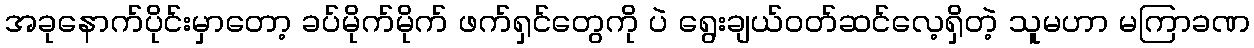
အခုနောက်ပိုင်းမှာတော့ ခပ်မိုက်မိုက် ဖက်ရှင်တွေကို ပဲ ရွေးချယ်ဝတ်ဆင်လေ့ရှိတဲ့ သူမဟာ မကြာခဏ